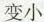
变小